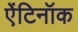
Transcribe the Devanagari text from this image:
ऐंटिनॉक